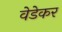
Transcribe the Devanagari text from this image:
वेडेकर